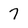
Character: 7